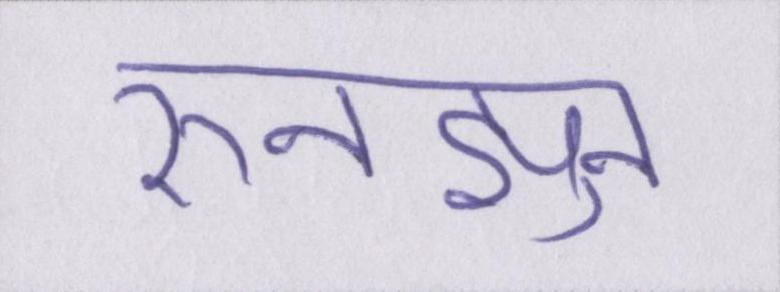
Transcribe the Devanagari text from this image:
रुनझुन